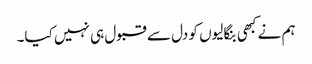
ہم نے کبھی بنگالیوں کو دل سے قبول ہی نہیں کیا۔